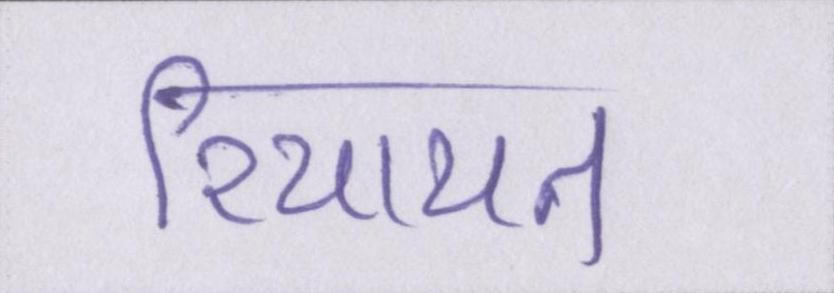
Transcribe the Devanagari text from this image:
रियायत